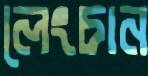
লেংচান